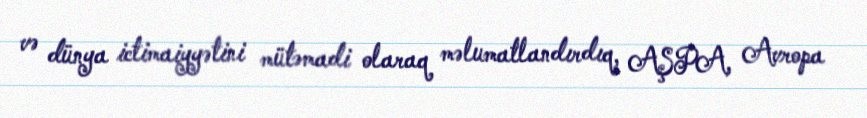
və dünya ictimaiyyətini mütəmadi olaraq məlumatlandırdıq, AŞPA, Avropa